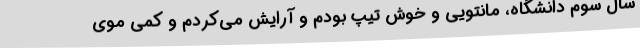
سال سوم دانشگاه، مانتویی و خوش تیپ بودم و آرایش می‌کردم و کمی موی